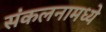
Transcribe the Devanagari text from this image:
संकलनामध्ये